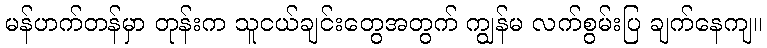
မန်ဟက်တန်မှာ တုန်းက သူငယ်ချင်းတွေအတွက် ကျွန်မ လက်စွမ်းပြ ချက်နေကျ။